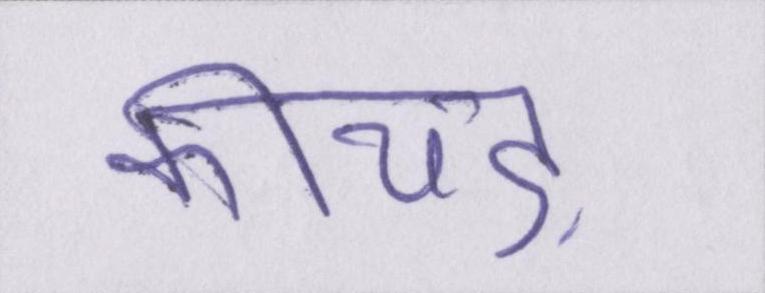
कीचड़